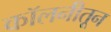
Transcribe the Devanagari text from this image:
कॉलनीतून